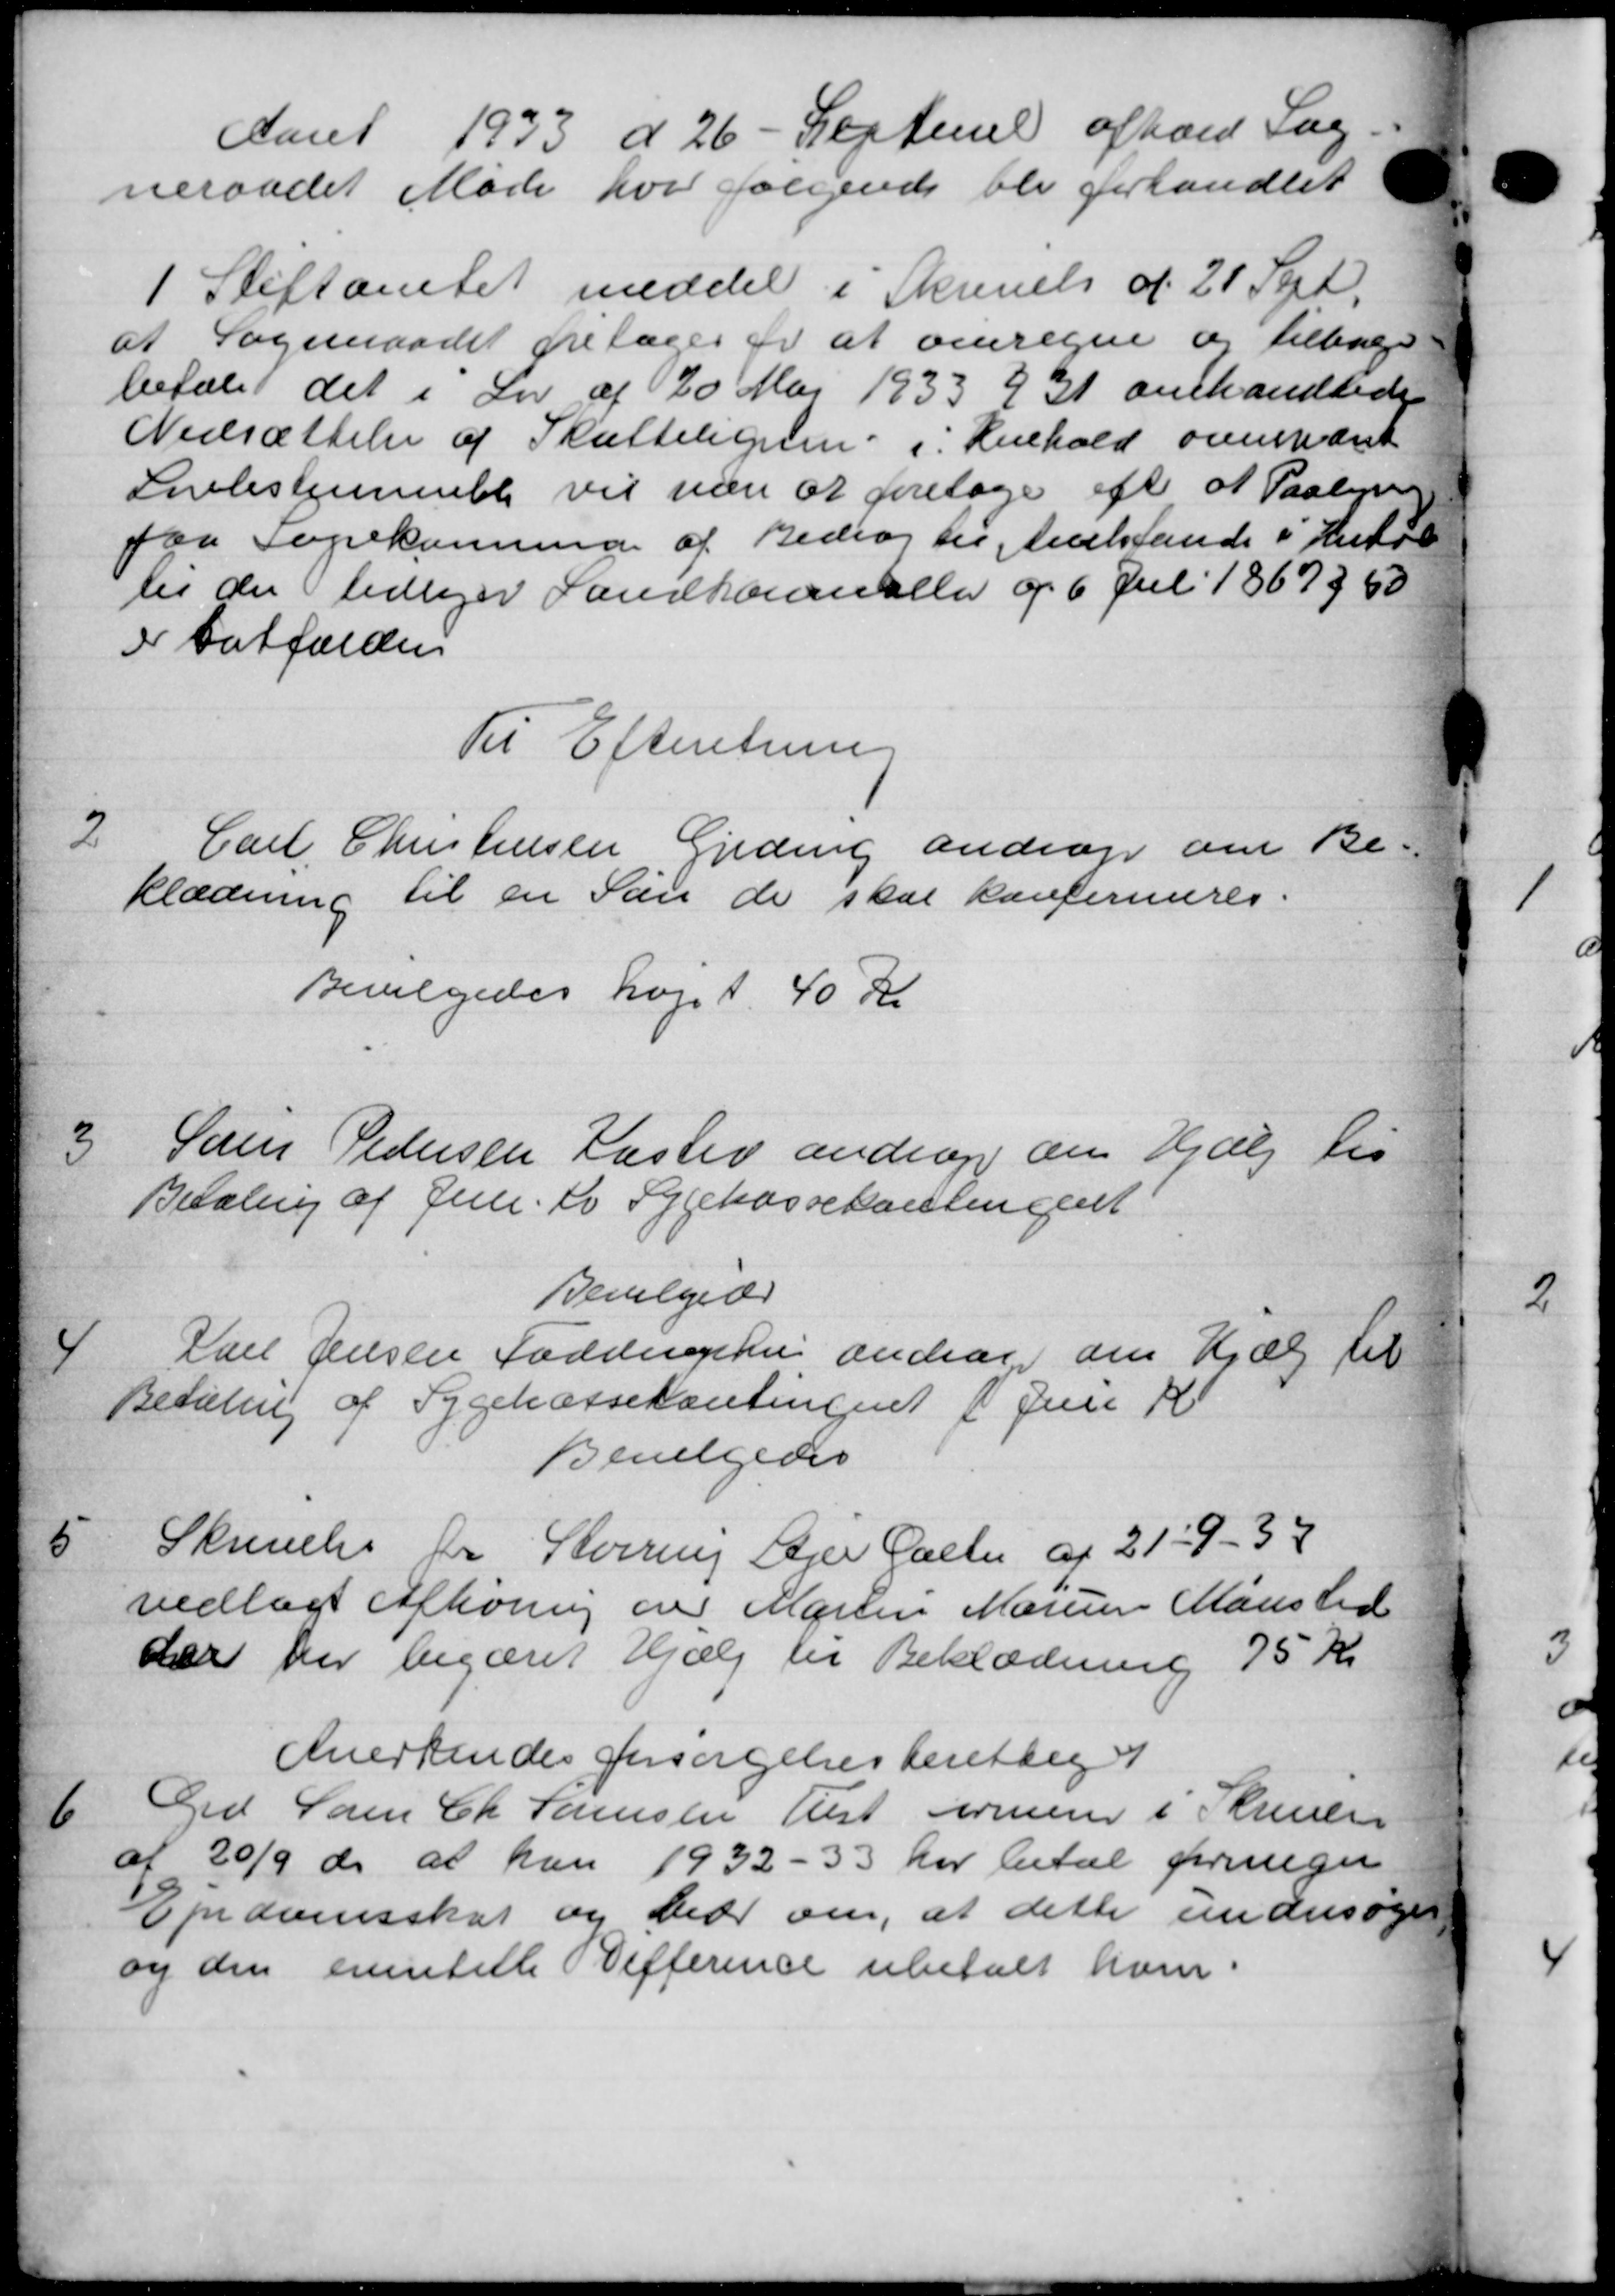
Transskription:
Aaret 1933 d. 26 - Septemb afhold Sag
neraadet Møde hvor følgende blev forhandlet
1
Stiftamtet meddel i Skrivelse af 21 Sept.
at Sogneraadet fritages er at omregne og tilbage
betale det i Lov af 20 Maj 1933 § 31 omhandledes
Nedsættelse af Skatteligning i Henhold omment
Silestemmele vil være at foretage efte at Paalys
paa Sognekommune af Bidrag til tilstande i Antal
til der tidliger Landkommeler og 6 Juli 1867 § 50
i batfælden
Til Efteretning
Carl Christensen Gjeding andrager om Be-
2
klædning til en Søn de skal konfirmeres.
Bevilgedes højet 40 Kr
3
Søren Pedersen Haslev androg om Hjælp til
Betaling af Juni. do Sygekassekontingent
Bevilgedes
4
Iall Jensen Faddinghui andrager om Hjælp til
Betaling af Sygekassekontingent 1 Juni K
Bevilgedes
5
Skrivelse for Storring Ager Galter af 21 - 9 - 37
vedlagt Afhøring over Martin Marium Mønsted
der her begæret Hjælp til Beklædning 75 Kr
Anerkendes forsørgelsesberettiget
6
Grd Søren Chr Sørensen Teest formener i Skriver
af 20/9 ds. at han 1932-33 har betal foreliger
Ejndomsskat og beder om, at dette undersøges
og den evenstille efference ubetalt ham.